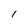
Character: I